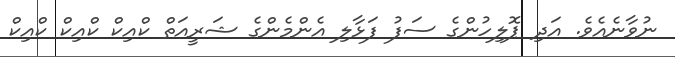
ނުވާނެއެވެ. އަދި ޕޮލިހުންގެ ސަފު ފަޅާލި އެންމެންގެ ޝަރީއަތް ކްއިކް ކްއިކް ކްއިކް